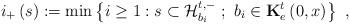
LaTeX: \begin{align*}i_{+}\left( s\right) :=\min\left\{ i\geq1:s\subset\mathcal{H}_{b_{i}}^{t,-}\ ;\ b_{i}\in\mathbf{K}_{e}^{t}\left( 0,x\right) \right\} \ ,\end{align*}